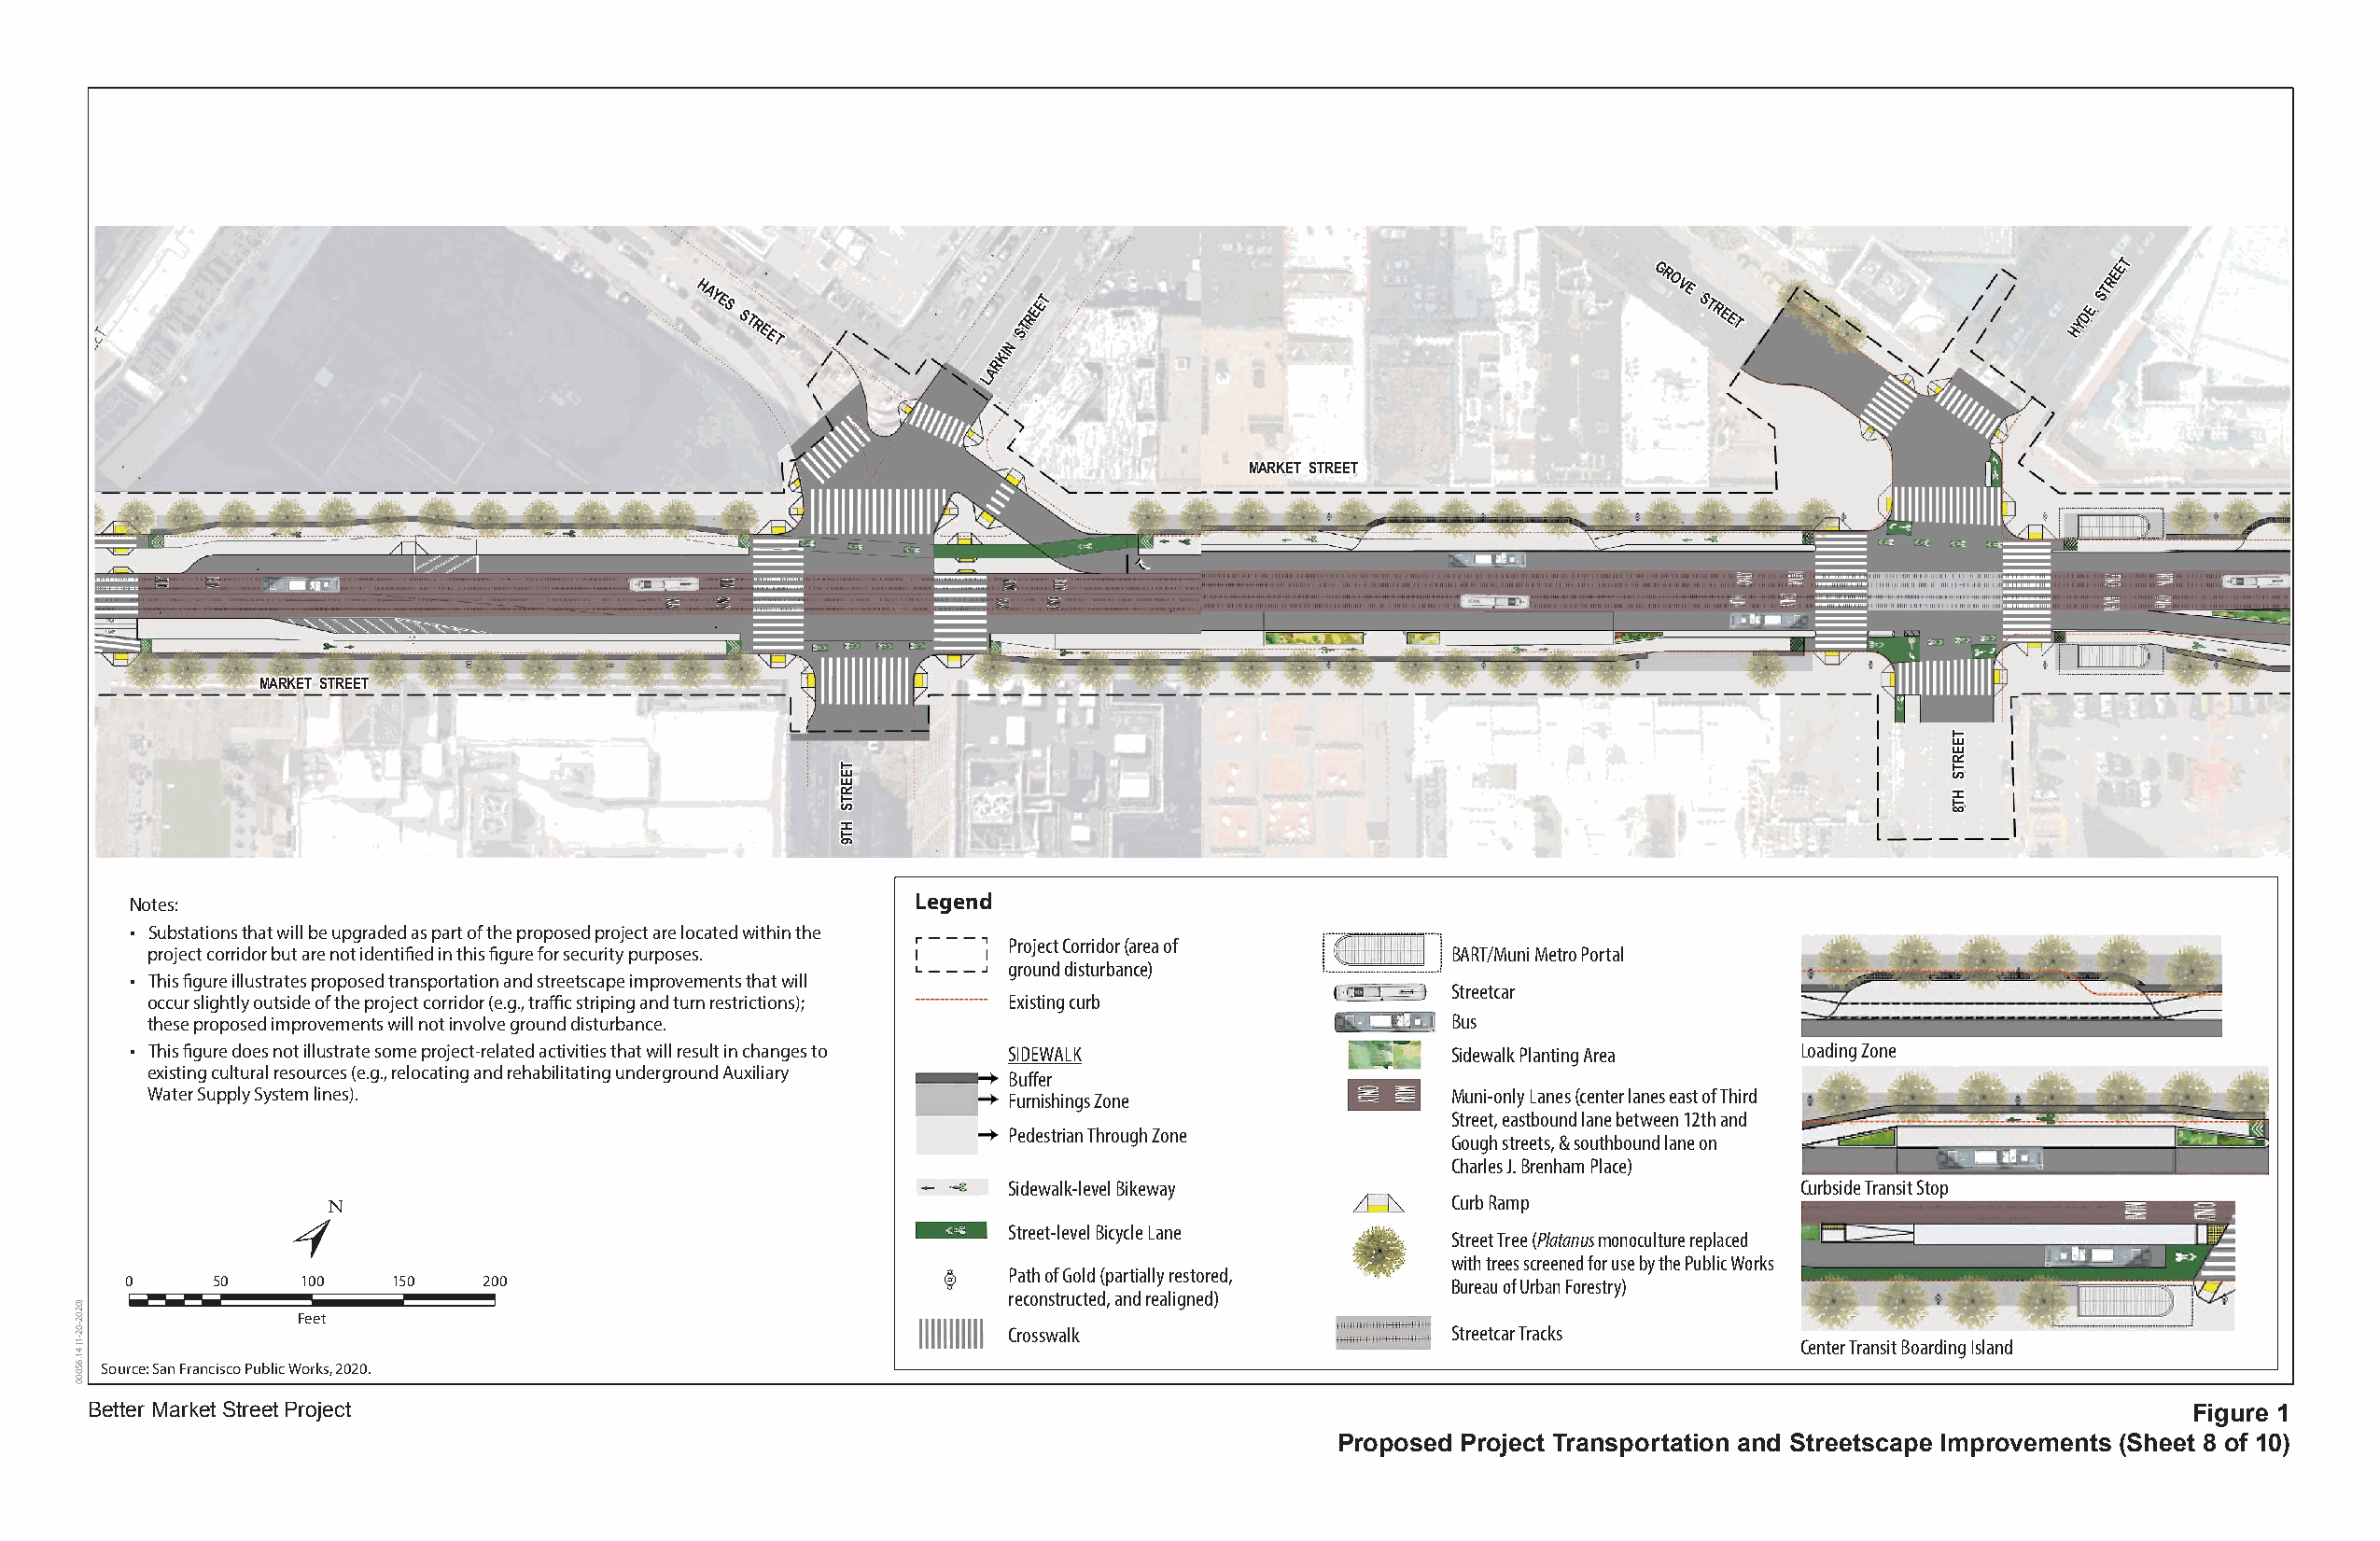
T
 HAYES
 STREET
 N
 STREET
 GROVE
 STREET
 HYDE
 STREE
 KI
 R
 A
 L
 MARKET STREET
 MARKET STREET
 Notes:                                                  Legend
 • Substations that will be upgraded as part of the proposed project are located within the
 Project Corridor (area of
 project corridor but are not identified in this figure for security purposes.                BART/Muni Metro Portal
 ground disturbance)
 • This figure illustrates proposed transportation and streetscape improvements that will
 Streetcar
 occur slightly outside of the project corridor (e.g., traffic striping and turn restrictions); Existing curb
 these proposed improvements will not involve ground disturbance.                             Bus
 • This figure does not illustrate some project-related activities that will result in changes to SIDEWALK Sidewalk Planting Area Loading Zone
 existing cultural resources (e.g., relocating and rehabilitating underground Auxiliary
 Buffer
 Water Supply System lines).                                   Furnishings Zone               Muni-only Lanes (center lanes east of Third
 Street, eastbound lane between 12th and
 Pedestrian Through Zone
 Gough streets, & southbound lane on
 Charles J. Brenham Place)
 Sidewalk-level Bikeway                                  Curbside Transit Stop
 Curb Ramp
 Street-level Bicycle Lane
 Street Tree (Platanus monoculture replaced
 with trees screened for use by the Public Works
 Path of Gold (partially restored,
 0     50    100    150   200                                                                  Bureau of Urban Forestry)
 reconstructed, and realigned)
 Feet
 Crosswalk                      Streetcar Tracks
 Center Transit Boarding Island
 Source: San Francisco Public Works, 2020.
 Better Market Street Project                                                                                                                          Figure 1
 Proposed Project Transportation and Streetscape Improvements (Sheet 8 of 10)
 )0202-02-1(
 41.65000
 TEERTS
 HT9
 TEERTS
 HT8